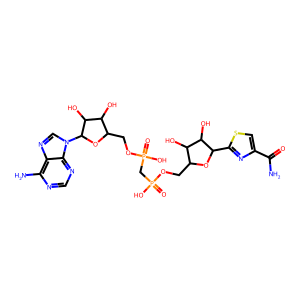
SMILES: NC(=O)c1csc(C2OC(COP(=O)(O)CP(=O)(O)OCC3OC(n4cnc5c(N)ncnc54)C(O)C3O)C(O)C2O)n1
Inhibits HIV replication: No